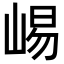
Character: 𫶁